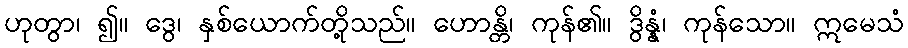
ဟုတွာ၊ ၍။ ဒွေ၊ နှစ်ယောက်တို့သည်။ ဟောန္တိ၊ ကုန်၏။ ဒွိန္နံ၊ ကုန်သော။ ဣမေသံ